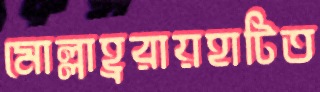
মোল্লাহ্ররায়হাটিত